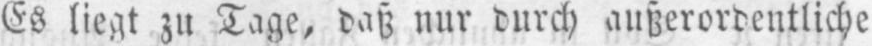
Es liegt zu Tage, daß nur durch außerordentliche